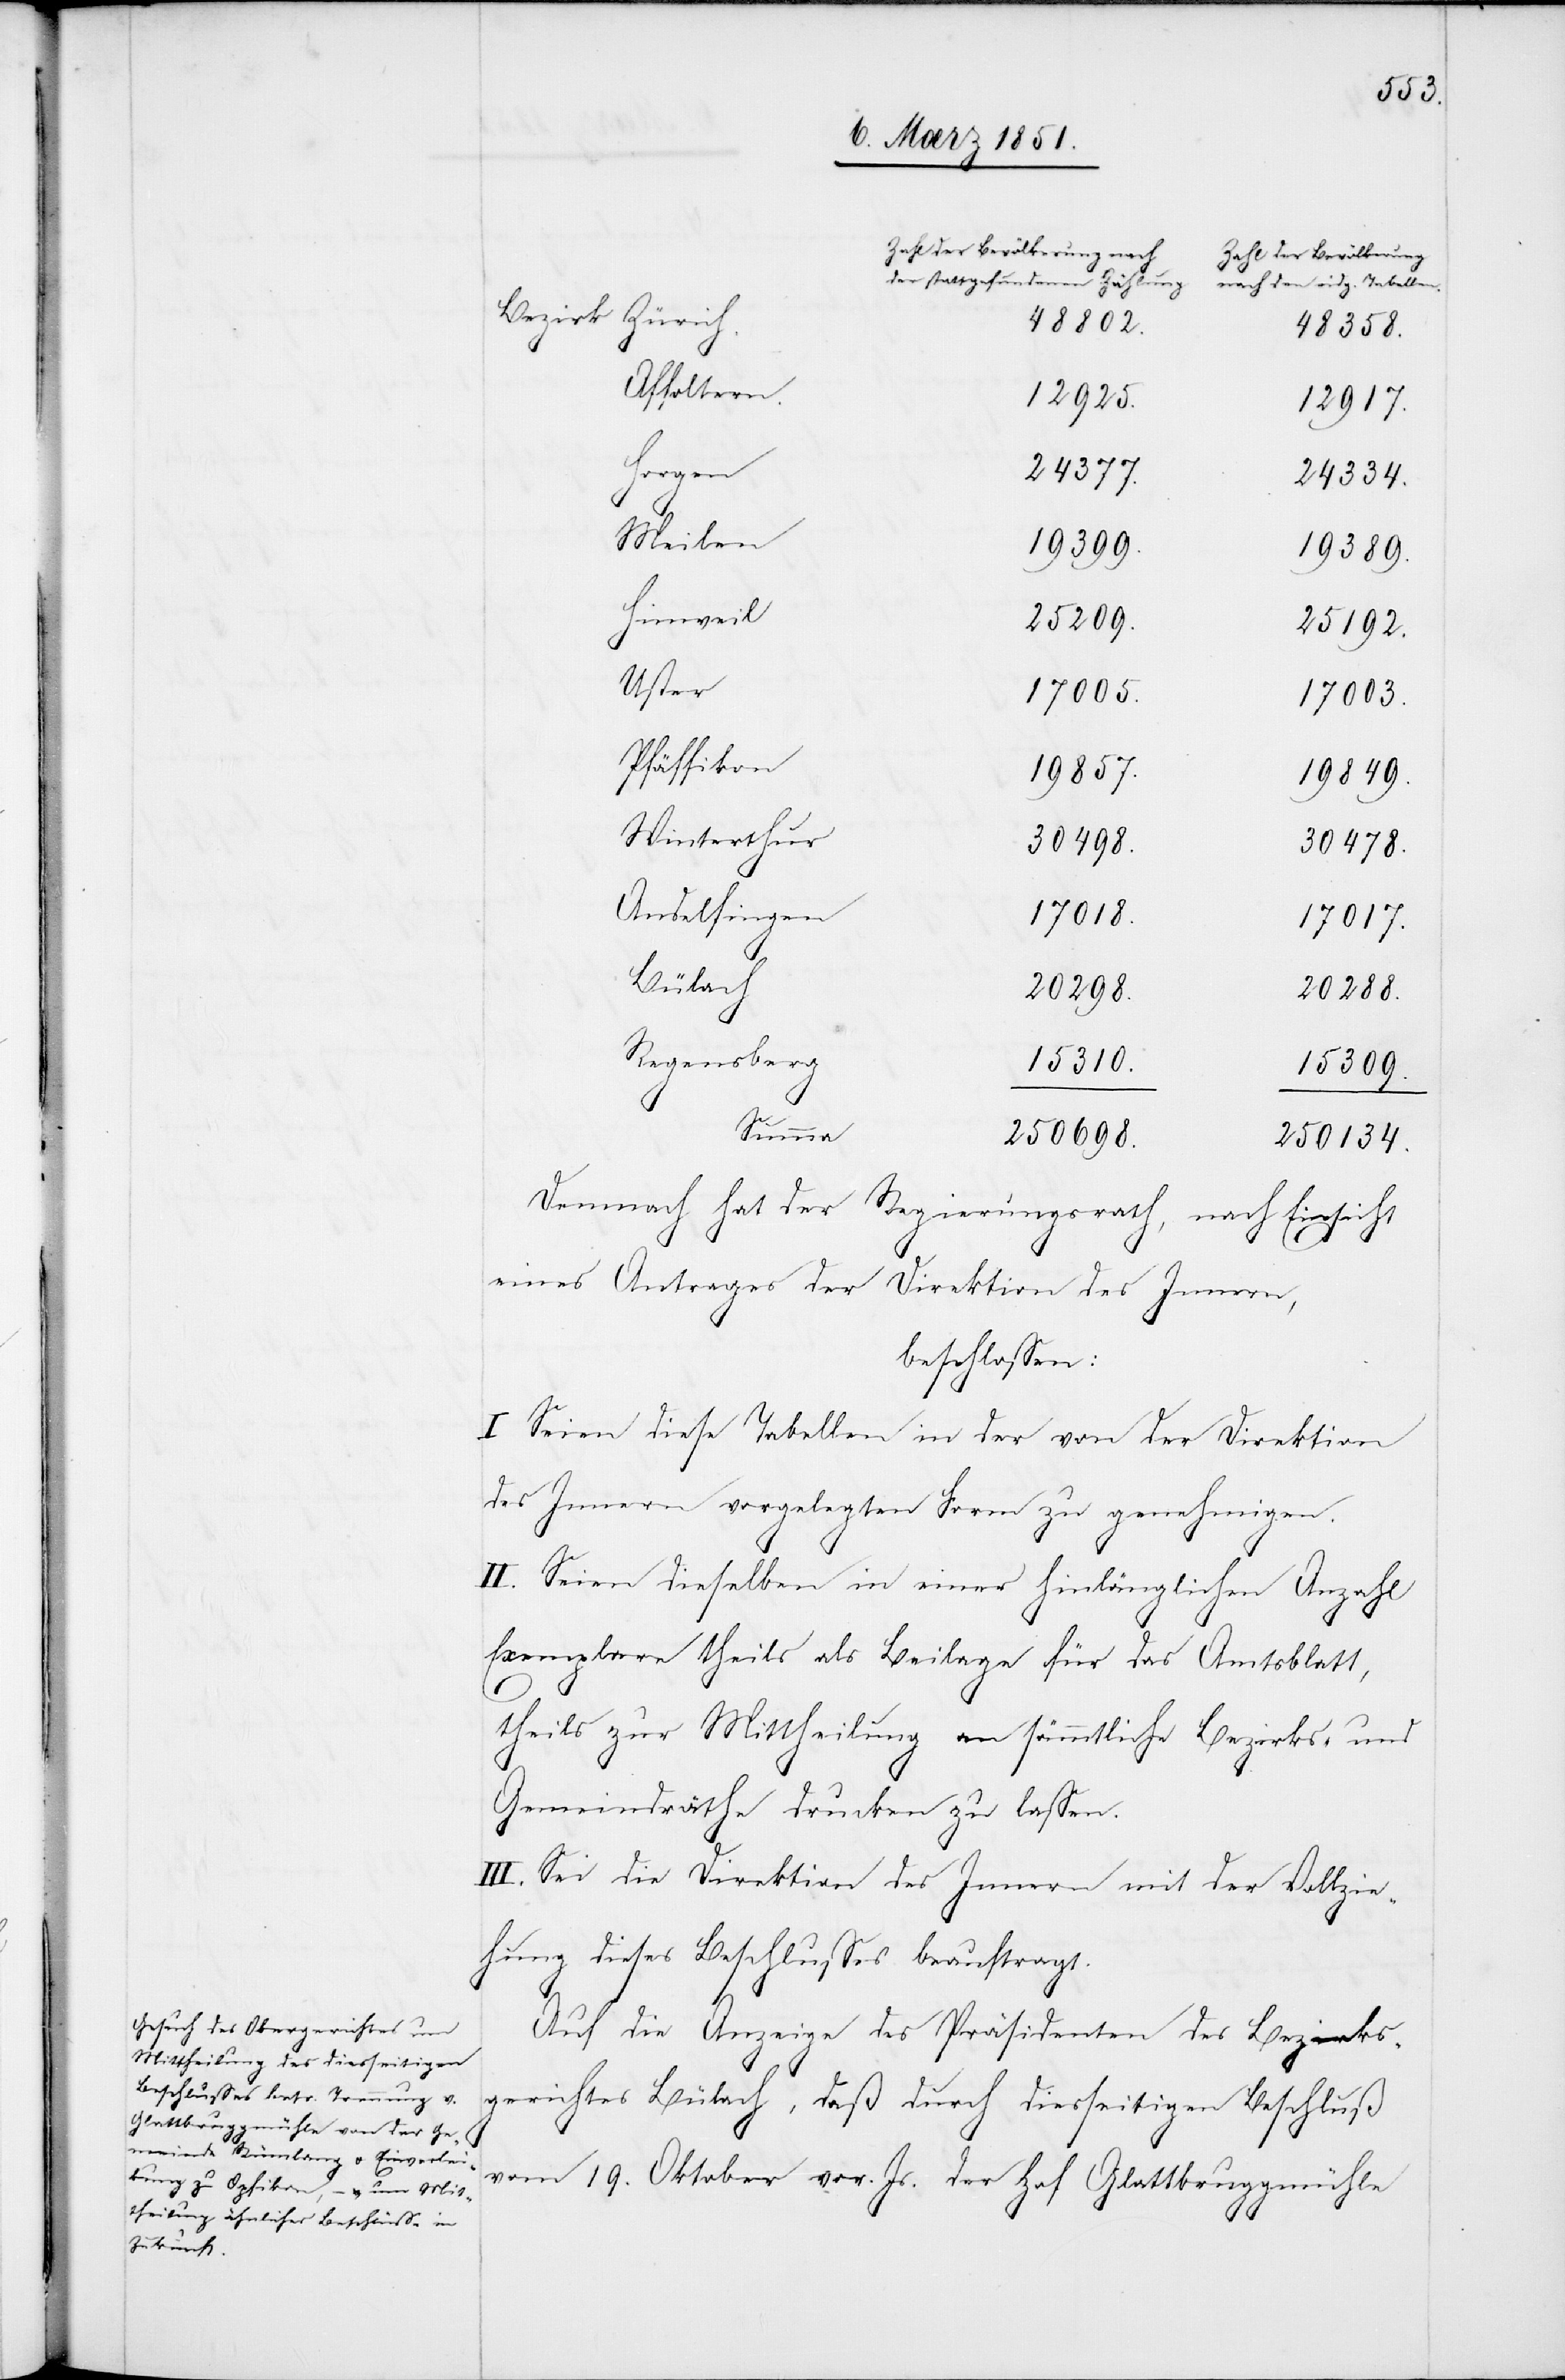
Zahl der Bevölkerung nach
Zahl der Bevölkerung
der stattgefundenen Zählung
nach den eidg. Tabellen.
48802.
48358.
Affoltern.
12925.
12917.
24377.
Horgen
24334.
Meilen
19399.
19389.
Hinweil
25209.
25192.
Uster
17005.
17003.
Pfäffikon
19857.
19849.
Winterthur
30498.
30478.
Andelfingen
17018.
17017.
Bülach
20288.
Regensberg
15310.
15309.
Summa
250698.
250134.
Demnach hat der Regierungsrath, nach Einsicht
eines Antrages der Direktion des Innern,
beschlossen:
I[.] Seien diese Tabellen in der von der Direktion
des Innern vorgelegten Form zu genehmigen.
II. Seien dieselben in einer hinlänglichen Anzahl
Exemplare theils als Beilage für das Amtsblatt,
theils zur Mittheilung an sämmtliche Bezirks- und
Gemeindräthe drucken zu lassen.
III. Sei die Direktion des Innern mit der Vollzie¬
hung dieses Beschlusses beauftragt.
Auf die Anzeige des Präsidenten des Bezirks¬
gerichtes Bülach, daß durch diesseitigen Beschluß
vom 19. Oktober vor. Js. der Hof Glattbruggmühle